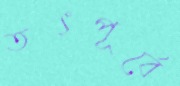
তৎপূর্বে